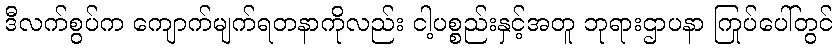
ဒီလက်စွပ်က ကျောက်မျက်ရတနာကိုလည်း ငါ့ပစ္စည်းနှင့်အတူ ဘုရားဌာပနာ ကြုပ်ပေါ်တွင်